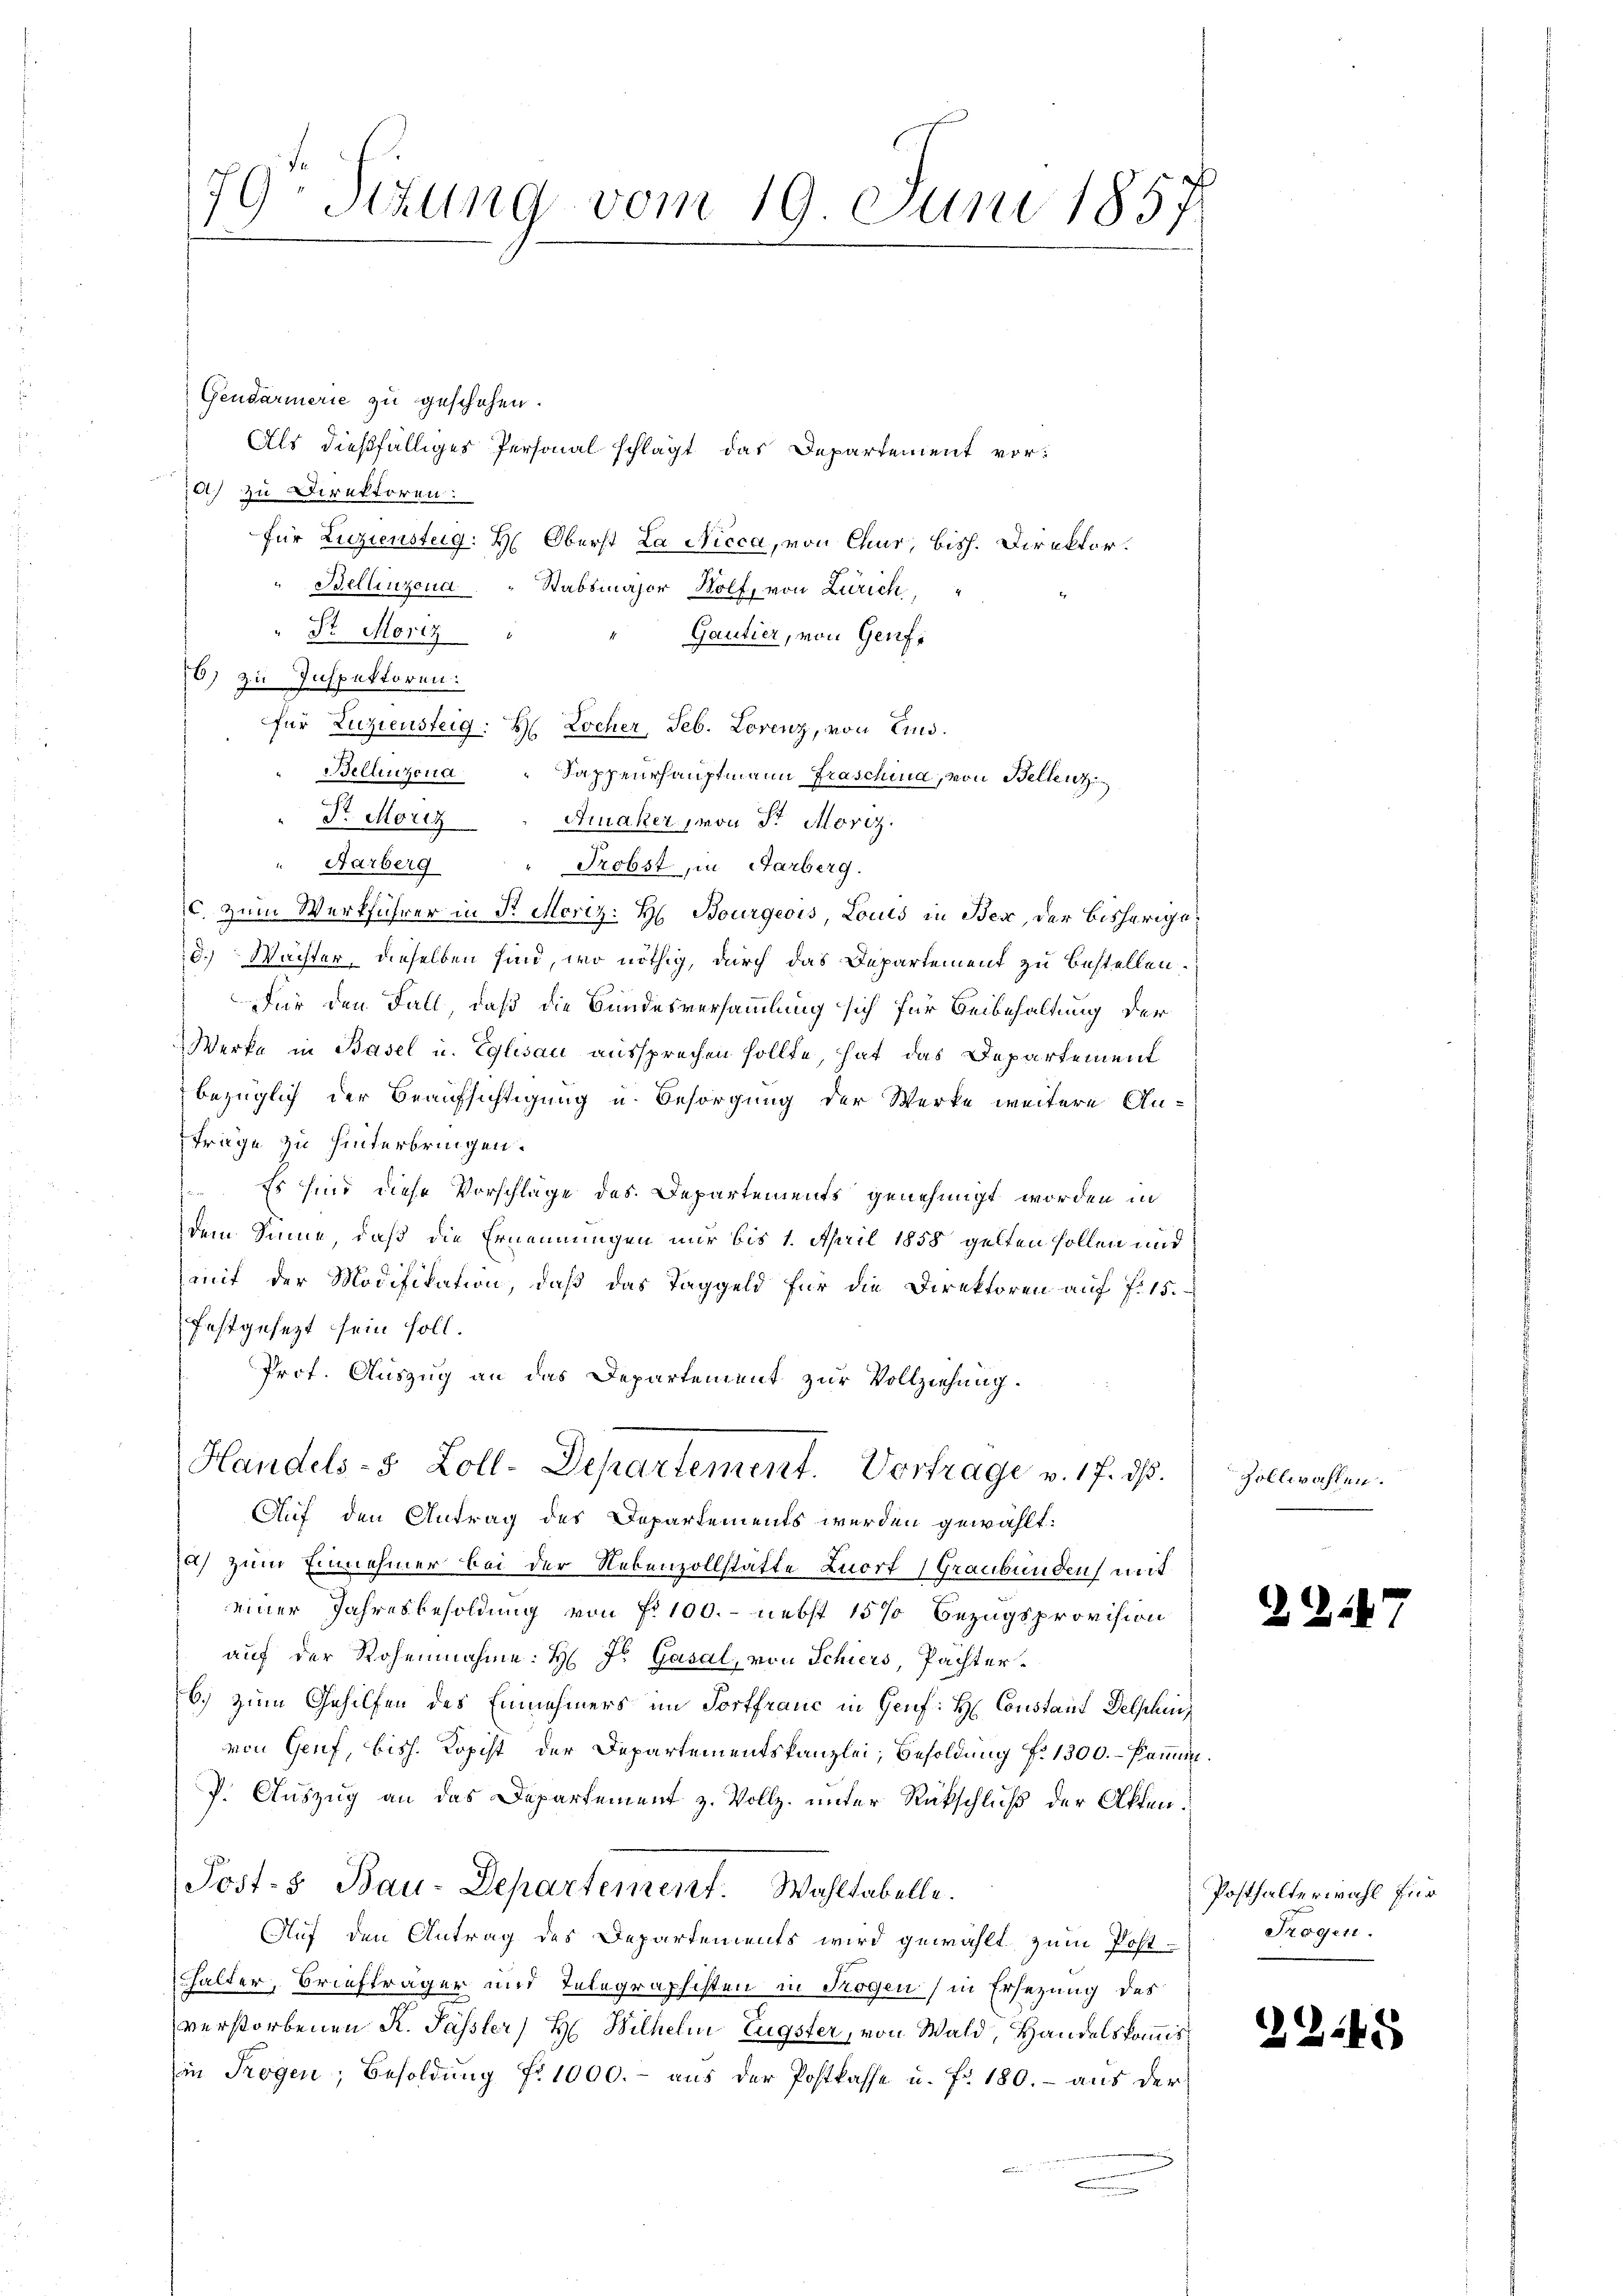
Gendarmerie zu geschehen.
A) zu Direktoren.
für Zuziensteig: H. Oberst La Nicca, von Chur, bish. Direktor.
Bellinzona. " Stabsmajor Wolf, von Zürich,
Dr. Moriz
Gautier, von Genf,
6) zu Inspektoren.
für Zuziensteig: H. Kocher, Seb. Lorenz, von und
Bellinzona
Rappeurhauptmann Fraschina, von Bellenz
Sr. Moriz " Fruaker, von Sr. Moriz
" Aarberg " Probst, in Farberg.
c. zum Werkführer in P. Moriz: H. Bourgeois, Louis in Ber, der bisherige
d. Wachter dieselben sind, wo nöthig, durch das Departement zu bestellen.
Für den Fall, daß die Bundesversammlung sich für Beibehaltung der
Werke in Basel u. Eglisau aussprechen sollte, hat das Departement
bezüglich der Beaufsichtigung u. Besorgung der Werke weitere An-
Frage zu hinterbringen.
 Es sind diese Vorschläge des Departements genehmigt worden in
dem Sinne, daß die Ernennungen nur bis 1. April 1858 gelten sollen und
mit der Modifikation, daβ das Taggeld für die Direktoren aŭf f. 15.
festgesezt sein soll.
Prof. Auszug an das Departement zur Vollziehung.
Handels-8 Zoll-Departement. Vortrage v. 17. dβ.
Auf den Antrag des Departements werden gewählt:
a) zum Einnehmer bei der Nebenzollstätte Luort (Graubünden mit
einer Jahresbesoldung von fr. 100.- nebst 15% Bezugsprovision
auf der Rohennahme: H Js Gasal, von Schiers, Pachterb.) zum Gehilfen des Einnehmers im Fortfranc in Genf: H: Constant Delphi
von Genf, bish. Kopist der Departementskanzlei, Besoldung f. 1300. - Pammini
P. Auszug an das Departement z. Vollz. unter Rückschluß der Akten¬
Post- & Bau-Departement. Wahltabelle.
Auf den Antrag des Departements wird gewählt zum Post-
halter, Briefträger und Telegraphisten in Rogen (in Ersezung des
verstorbenen K. Pässler, H. Wilhelm Eugster, von Wald, Handelskommisin Trogen, Besoldung Nr. 1000.- aus der Postkasse u. fr. 180. - aus der

79 schung vom 19. Juni 1857

Als dießfälliges Personal schlägt das Departement vor¬

Zollwahlen.

287

3245

Posthalterwahl für
Trogen.